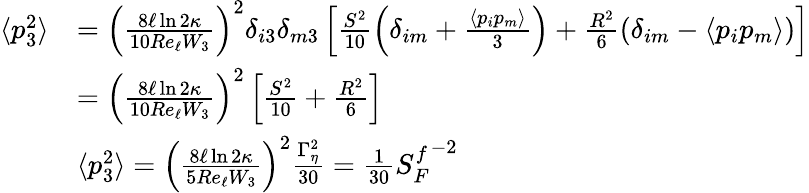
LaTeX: \begin{array}{rl}{\langle p_{3}^{2}\rangle}&{=\left(\frac{8\ell\ln{2\kappa}}{10Re_{\ell}W_{3}}\right)^{2}\delta_{i3}\delta_{m3}\left[\frac{S^{2}}{10}\left(\delta_{im}+\frac{\langle p_{i}p_{m}\rangle}{3}\right)+\frac{R^{2}}{6}\left(\delta_{im}-\langle p_{i}p_{m}\rangle\right)\right]}\\ &{=\left(\frac{8\ell\ln{2\kappa}}{10Re_{\ell}W_{3}}\right)^{2}\left[\frac{S^{2}}{10}+\frac{R^{2}}{6}\right]}\\ &{\langle p_{3}^{2}\rangle=\left(\frac{8\ell\ln{2\kappa}}{5Re_{\ell}W_{3}}\right)^{2}\frac{\Gamma_{\eta}^{2}}{30}=\frac{1}{30}{S_{F}^{f}}^{-2}}\end{array}